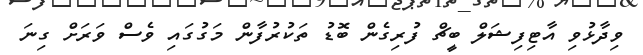
ވިދާޅުވި އާޓިފިޝަލް ބީޗް ފުރިގެން ބޮޑު ތަކުރުފާން މަގުގައި ވެސް ވަރަށް ގިނަ